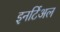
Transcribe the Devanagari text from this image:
इनर्टिअल